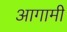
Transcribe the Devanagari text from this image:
अागामी